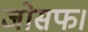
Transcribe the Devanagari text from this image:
जोसफ।